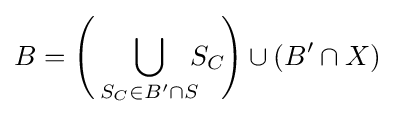
B={\Biggl (}\bigcup _{S_{C}\in B'\cap S}\!\!\!S_{C}\!{\Biggr )}\cup (B'\cap X)